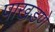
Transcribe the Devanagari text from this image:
पाखडणे